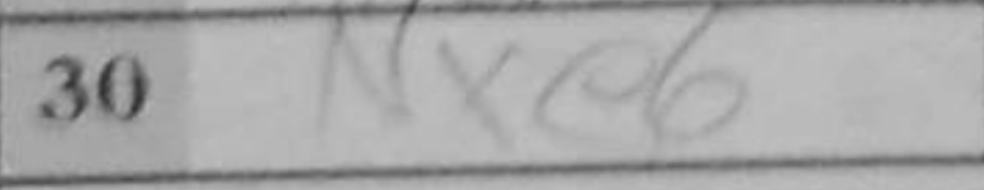
Transcription: Nxe6